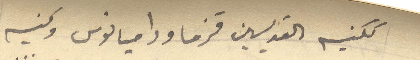
ككنيسة القديسين قزما وداميانوس وكنيسة